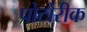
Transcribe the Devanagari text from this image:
पोर्टोरीक